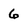
Character: 6